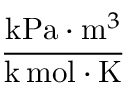
\frac { { \mathrm { k P a } } \cdot { \mathrm { m } } ^ { 3 } } { { \mathrm { k } } \, { \mathrm { m o l } } \cdot { \mathrm { K } } }